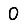
Digit: 0